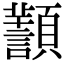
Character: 𩕸